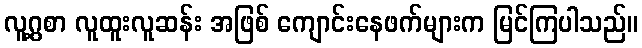
လူ့ဂွစာ လူထူးလူဆန်း အဖြစ် ကျောင်းနေဖက်များက မြင်ကြပါသည်။